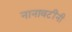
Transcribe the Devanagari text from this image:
नानावटींनी